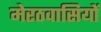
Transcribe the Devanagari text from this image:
मेरठवासियों